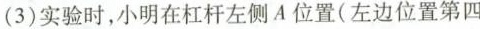
(3)实验时，小明在杠杆左侧A位置(左边位置第四